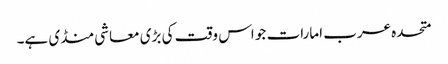
متحدہ عرب امارات جو اس وقت کی بڑی معاشی منڈی ہے۔